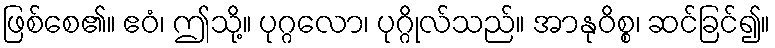
ဖြစ်စေ၏။ ဧဝံ၊ ဤသို့။ ပုဂ္ဂလော၊ ပုဂ္ဂိုလ်သည်။ အာနုဝိစ္စ၊ ဆင်ခြင်၍။